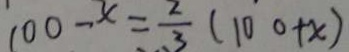
1 0 0 - x = \frac { 2 } { 3 } ( 1 0 0 + x )